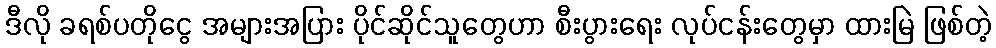
ဒီလို ခရစ်ပတိုငွေ အများအပြား ပိုင်ဆိုင်သူတွေဟာ စီးပွားရေး လုပ်ငန်းတွေမှာ ထားမြဲ ဖြစ်တဲ့